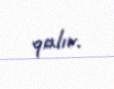
qalır.